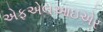
એફએલઆઇએર